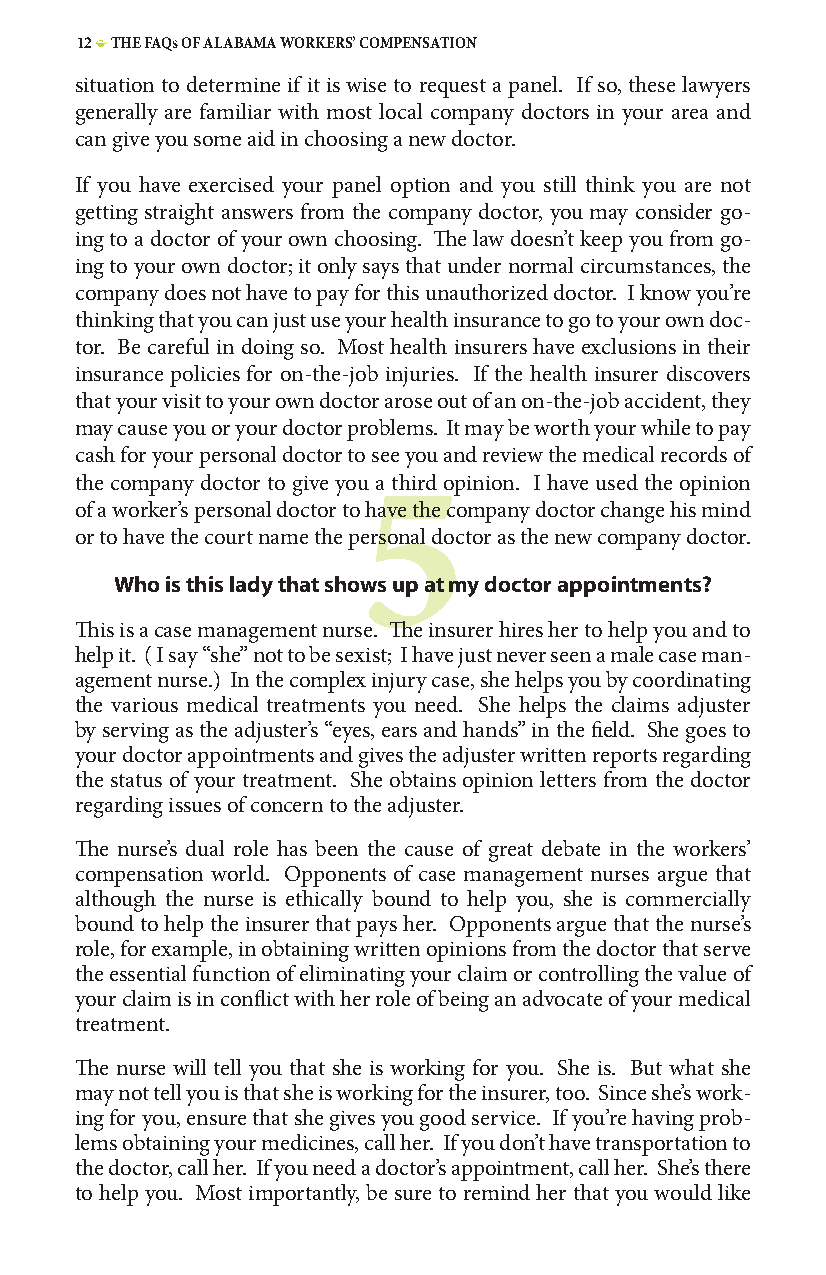
12 • THE FAQs OF ALABAMA WORKERS’ COMPENSATION
 situation to determine if it is wise to request a panel. If so, these lawyers
 generally are familiar with most local company doctors in your area and
 can give you some aid in choosing a new doctor.
 If you have exercised your panel option and you still think you are not
 getting straight answers from the company doctor, you may consider go-
 ing to a doctor of your own choosing. The law doesn’t keep you from go-
 ing to your own doctor; it only says that under normal circumstances, the
 company does not have to pay for this unauthorized doctor. I know you’re
 thinking that you can just use your health insurance to go to your own doc-
 tor. Be careful in doing so. Most health insurers have exclusions in their
 insurance policies for on-the-job injuries. If the health insurer discovers
 that your visit to your own doctor arose out of an on-the-job accident, they
 may cause you or your doctor problems. It may be worth your while to pay
 cash for your personal doctor to see you and review the medical records of
 the company doctor to give you a third opinion. I have used the opinion
 5
 of a worker’s personal doctor to have the company doctor change his mind
 or to have the court name the personal doctor as the new company doctor.
 Who is this lady that shows up at my doctor appointments?
 This is a case management nurse. The insurer hires her to help you and to
 help it. ( I say “she” not to be sexist; I have just never seen a male case man-
 agement nurse.) In the complex injury case, she helps you by coordinating
 the various medical treatments you need. She helps the claims adjuster
 by serving as the adjuster’s “eyes, ears and hands” in the field. She goes to
 your doctor appointments and gives the adjuster written reports regarding
 the status of your treatment. She obtains opinion letters from the doctor
 regarding issues of concern to the adjuster.
 The nurse’s dual role has been the cause of great debate in the workers’
 compensation world. Opponents of case management nurses argue that
 although the nurse is ethically bound to help you, she is commercially
 bound to help the insurer that pays her. Opponents argue that the nurse’s
 role, for example, in obtaining written opinions from the doctor that serve
 the essential function of eliminating your claim or controlling the value of
 your claim is in conflict with her role of being an advocate of your medical
 treatment.
 The nurse will tell you that she is working for you. She is. But what she
 may not tell you is that she is working for the insurer, too. Since she’s work-
 ing for you, ensure that she gives you good service. If you’re having prob-
 lems obtaining your medicines, call her. If you don’t have transportation to
 the doctor, call her. If you need a doctor’s appointment, call her. She’s there
 to help you. Most importantly, be sure to remind her that you would like